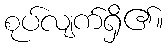
စုပ်လျက်ရှိ၏။